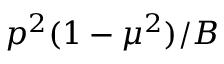
p ^ { 2 } ( 1 - \mu ^ { 2 } ) / B